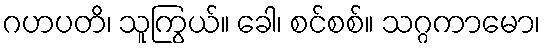
ဂဟပတိ၊ သူကြွယ်။ ခေါ၊ စင်စစ်။ သဂ္ဂကာမော၊